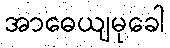
အာဓေယျမုခေါ